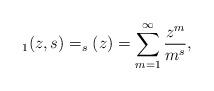
LaTeX: \begin{align*}_1(z,s)=_s(z)=\sum_{m=1}^\infty\frac{z^{m}}{m^{s}},\end{align*}